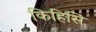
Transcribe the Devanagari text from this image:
किहिसि